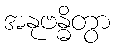
အနုဗန္ဓိတွာ